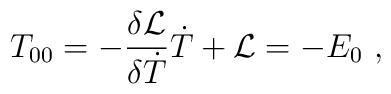
T_{00}=-{\delta {{\cal L}}\over \delta \dot T}\dot T+{\cal L}  =-E_0\ ,